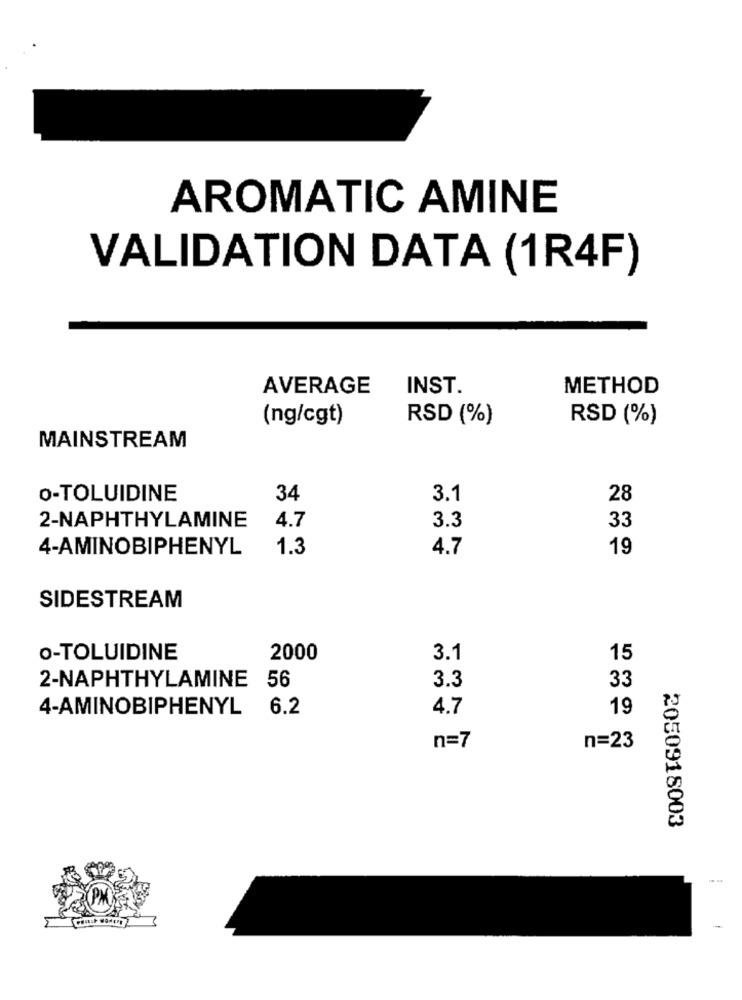
AROMATIC AMINE
VALIDATION DATA (1R4F)
AVERAGE
INST.
METHOD
(ng/cgt)
RSD (%)
RSD (%)
MAINSTREAM
O-TOLUIDINE
34
3.1
28
2-NAPHTHYLAMINE
33
4.7
3.3
4-AMINOBIPHENYL
1.3
4.7
19
SIDESTREAM
o-TOLUIDINE
2000
3.1
15
2-NAPHTHYLAMINE
56
33
3.3
4-AMINOBIPHENYL
6.2
4.7
19
n=7
n=23
2050918003